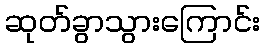
ဆုတ်ခွာသွားကြောင်း